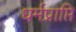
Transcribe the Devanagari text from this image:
धर्मप्राप्ति